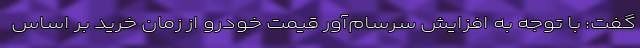
گفت: با توجه به افزایش سرسا‌م‌آور قیمت خودرو از زمان خرید بر اساس